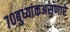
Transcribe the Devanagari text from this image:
७०बुध्यांकअसणारे